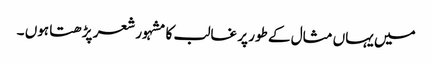
میں یہاں مثال کے طور پر غالب کا مشہور شعر پڑھتا ہوں ۔